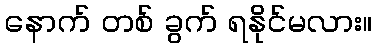
နောက် တစ် ခွက် ရနိုင်မလား။